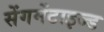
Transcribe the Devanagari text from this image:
सेंगमेंटाइज्ड